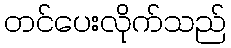
တင်ပေးလိုက်သည်